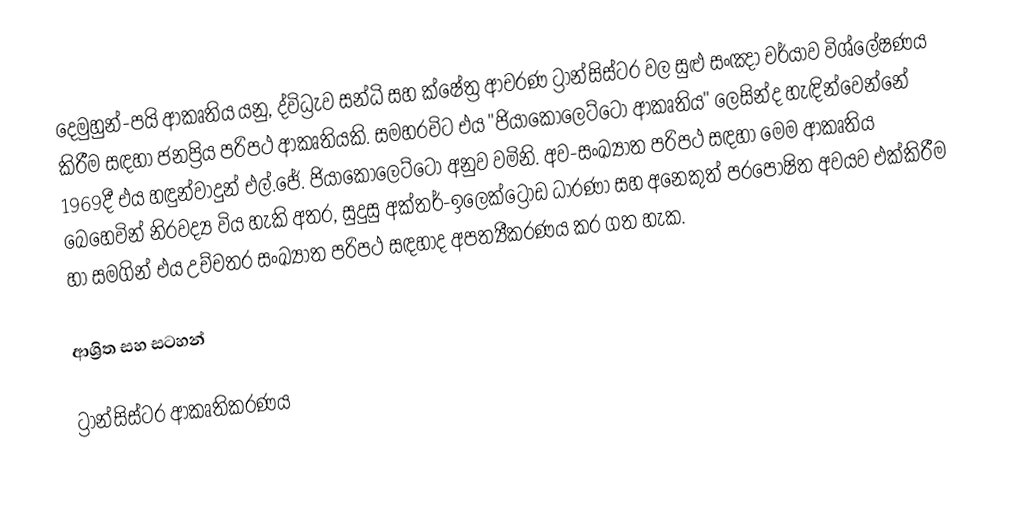
දෙමුහුන්-පයි ආකෘතිය යනු, ද්විධ්‍රැව සන්ධි සහ ක්ෂේත්‍ර ආචරණ ට්‍රාන්සිස්ටර වල සුළු සංඤා චර්යාව විශ්ලේෂණය කිරීම සඳහා ජනප්‍රිය පරිපථ ආකෘතියකි. සමහරවිට එය  "ජියාකොලෙට්ටෝ ආකෘතිය" ලෙසින්ද හැඳින්වෙන්නේ 1969දී එය හඳුන්වාදුන් එල්.ජේ. ජියාකොලෙට්ටෝ අනුව වමිනි. අව-සංඛ්‍යාත පරිපථ සඳහා මෙම ආකෘතිය බෙහෙවින් නිරවද්‍ය විය හැකි අතර, සුදුසු අක්තර්-ඉලෙක්ට්‍රෝඩ  ධාරණා සහ අනෙකුත් පරපෝෂිත අවයව එක්කිරීම හා සමගින් එය උච්චතර සංඛ්‍යාත පරිපථ සඳහාද අපත්‍යීකරණය කර ගත හැක.

ආශ්‍රිත සහ සටහන්

ට්‍රාන්සිස්ටර ආකෘතිකරණය